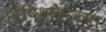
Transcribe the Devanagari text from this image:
विविधतेपेक्षा